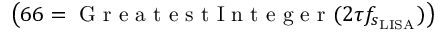
\left( 6 6 = \mathrm { ~ G ~ r ~ e ~ a ~ t ~ e ~ s ~ t ~ I ~ n ~ t ~ e ~ g ~ e ~ r ~ } ( 2 \tau f _ { s _ { \mathrm { { L I S A } } } } ) \right)